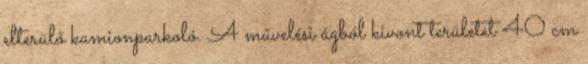
elterülő kamionparkoló. A művelési ágból kivont területet 40 cm